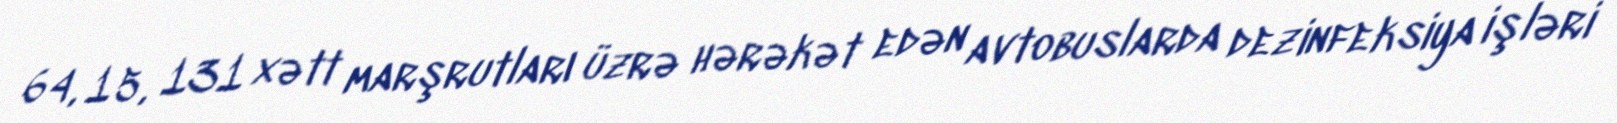
64, 15, 131 xətt marşrutları üzrə hərəkət edən avtobuslarda dezinfeksiya işləri